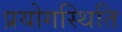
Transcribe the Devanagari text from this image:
प्रयोगस्थिति